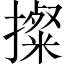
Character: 𢷂